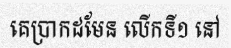
គេប្រាកដមែន លើកទី១ នៅ